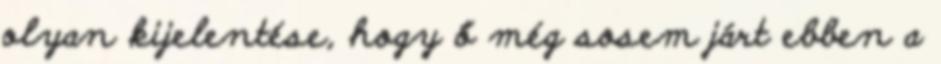
olyan kijelentése, hogy ő még sosem járt ebben a